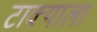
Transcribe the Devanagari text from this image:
टाक्याला